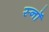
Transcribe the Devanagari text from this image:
स्नॉ